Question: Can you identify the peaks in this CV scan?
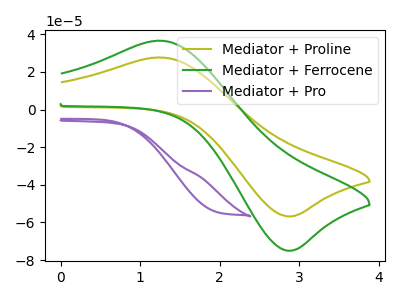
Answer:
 <answer>The olive curve "Mediator + Proline" has an anodic peak at (1.25V, 27.70uA) and a cathodic peak at (2.85V, -56.75uA). The green curve "Mediator + Ferrocene" has an anodic peak at (1.25V, 36.60uA) and a cathodic peak at (2.85V, -75.00uA). The purple curve "Mediator + Pro" has no peaks.</answer>
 <eval></eval>